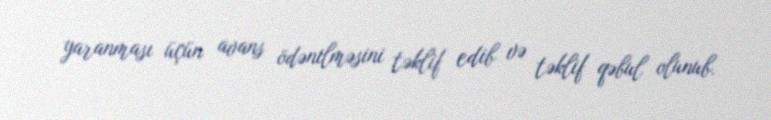
yaranması üçün avans ödənilməsini təklif edib və təklif qəbul olunub.